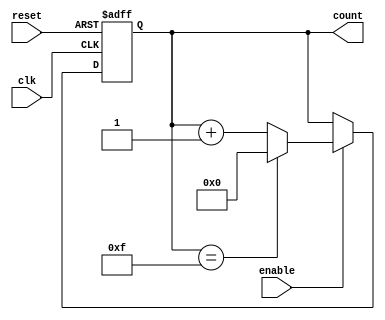
module async_counter #(
    parameter N = 4,           // Number of bits for the counter
    parameter MAX_COUNT = (1 << N) - 1 // Maximum count value (2^N - 1)
)(
    input wire clk,            // Clock input
    input wire reset,          // Asynchronous reset
    input wire enable,         // Enable signal
    output reg [N-1:0] count   // Current count value
);

// Asynchronous reset and counting mechanism
always @(posedge clk or posedge reset) begin
    if (reset) begin
        count <= 0;           // Reset count to 0
    end else if (enable) begin
        if (count == MAX_COUNT) begin
            count <= 0;       // Roll over to 0 when max count is reached
        end else begin
            count <= count + 1; // Increment count
        end
    end
end

endmodule